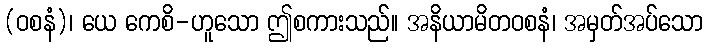
(ဝစနံ)၊ ယေ ကေစိ-ဟူသော ဤစကားသည်။ အနိယာမိတဝစနံ၊ အမှတ်အပ်သော